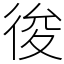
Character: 𢓭